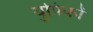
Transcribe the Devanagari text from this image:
युपिकों